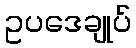
ဥပဒေချုပ်